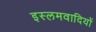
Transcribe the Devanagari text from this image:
इस्लमवादियों